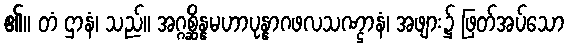
၏။ တံ ဌာနံ၊ သည်။ အဂ္ဂစ္ဆိန္နမဟာပုန္နာဂဖလသဏ္ဌာနံ၊ အဖျား၌ ဖြတ်အပ်သော